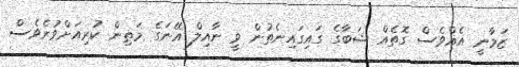
ޒަމާނީ އެއްވެސް ގޮތެއް ޝަބާގެ ގައިގައިނެތުން ވީ ނާއިލް އޭނަގެ މަތިން ކުރިއަށްވުރެވެސް